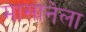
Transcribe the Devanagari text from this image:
मासानेला